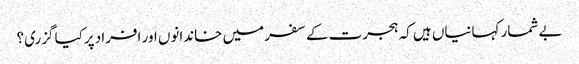
بے شمار کہانیاں ہیں کہ ہجرت کے سفر میں خاندانوں اور افراد پرکیا گزری؟